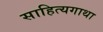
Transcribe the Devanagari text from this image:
साहित्यगाथा